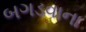
બગડવાના